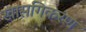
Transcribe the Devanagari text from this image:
खासगिकरण